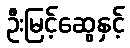
ဦးမြင့်ဆွေနှင့်